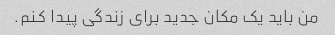
من باید یک مکان جدید برای زندگی پیدا کنم.